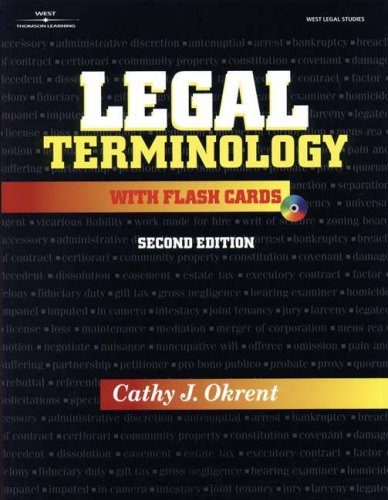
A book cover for Legal Terminology with Flashcards; Cathy Okrent; Law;